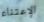
الإعتناء